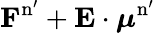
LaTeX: \mathbf{F}^{\mathrm{n^{\prime}}}+\mathbf{E}\cdot\boldsymbol{\mu}^{\mathrm{n^{\prime}}}